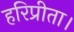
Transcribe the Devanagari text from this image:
हरिप्रीता।